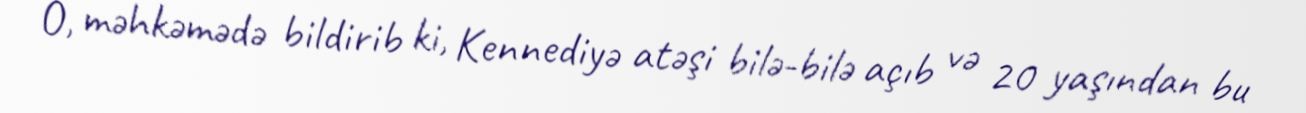
O, məhkəmədə bildirib ki, Kennediyə atəşi bilə-bilə açıb və 20 yaşından bu